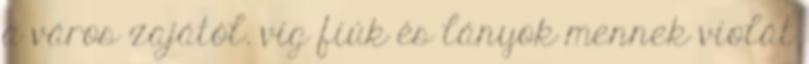
a város zajától. víg fiúk és lányok mennek violát